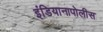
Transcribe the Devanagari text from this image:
इंडियानापोलीस